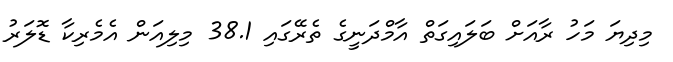
މިދިޔަ މަހު ރާއަށް ބަލައިގަތް އާމްދަނީގެ ތެރޭގައި 38.1 މިލިއަން އެމެރިކާ ޑޮލަރު